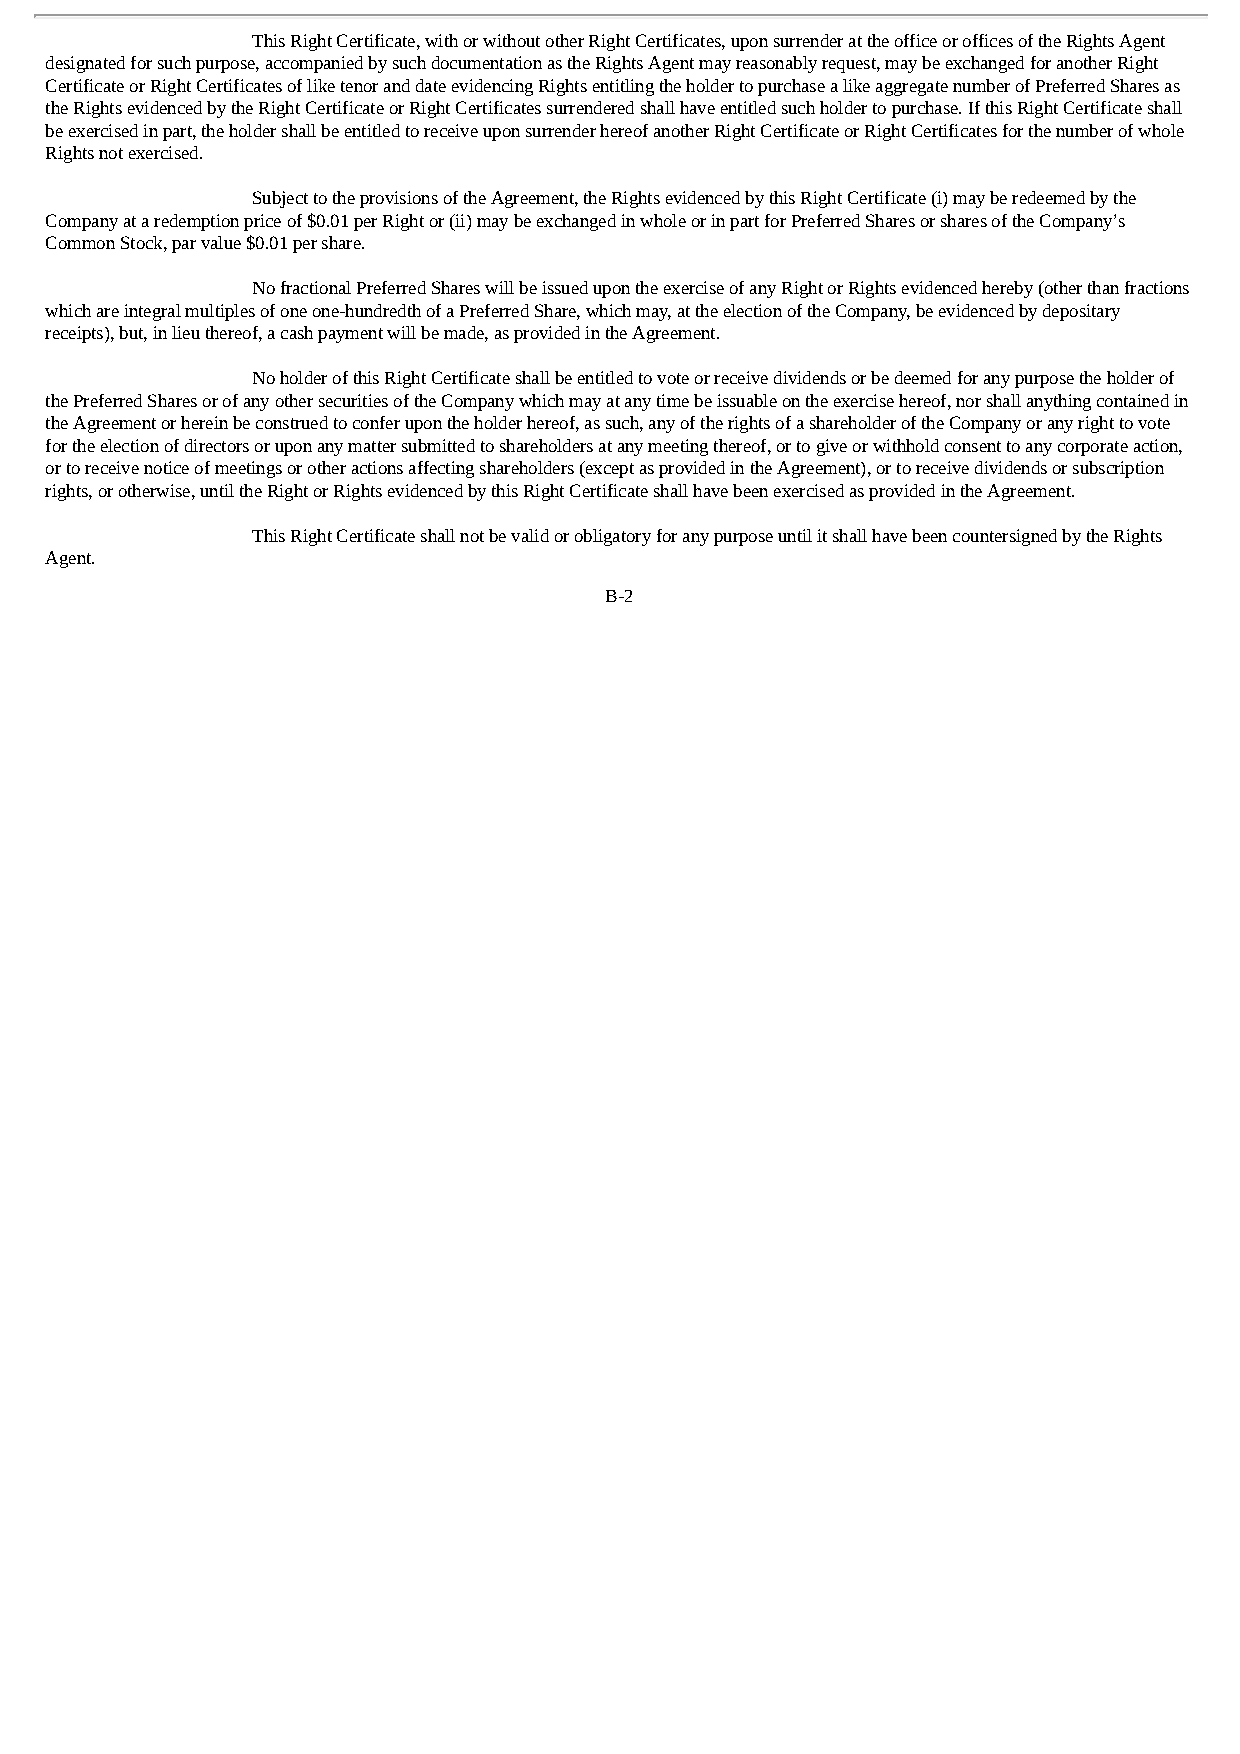
This Right Certificate, with or without other Right Certificates, upon surrender at the office or offices of the Rights Agent
 designated for such purpose, accompanied by such documentation as the Rights Agent may reasonably request, may be exchanged for another Right
 Certificate or Right Certificates of like tenor and date evidencing Rights entitling the holder to purchase a like aggregate number of Preferred Shares as
 the Rights evidenced by the Right Certificate or Right Certificates surrendered shall have entitled such holder to purchase. If this Right Certificate shall
 be exercised in part, the holder shall be entitled to receive upon surrender hereof another Right Certificate or Right Certificates for the number of whole
 Rights not exercised.
 Subject to the provisions of the Agreement, the Rights evidenced by this Right Certificate (i) may be redeemed by the
 Company at a redemption price of $0.01 per Right or (ii) may be exchanged in whole or in part for Preferred Shares or shares of the Company’s
 Common Stock, par value $0.01 per share.
 No fractional Preferred Shares will be issued upon the exercise of any Right or Rights evidenced hereby (other than fractions
 which are integral multiples of one one-hundredth of a Preferred Share, which may, at the election of the Company, be evidenced by depositary
 receipts), but, in lieu thereof, a cash payment will be made, as provided in the Agreement.
 No holder of this Right Certificate shall be entitled to vote or receive dividends or be deemed for any purpose the holder of
 the Preferred Shares or of any other securities of the Company which may at any time be issuable on the exercise hereof, nor shall anything contained in
 the Agreement or herein be construed to confer upon the holder hereof, as such, any of the rights of a shareholder of the Company or any right to vote
 for the election of directors or upon any matter submitted to shareholders at any meeting thereof, or to give or withhold consent to any corporate action,
 or to receive notice of meetings or other actions affecting shareholders (except as provided in the Agreement), or to receive dividends or subscription
 rights, or otherwise, until the Right or Rights evidenced by this Right Certificate shall have been exercised as provided in the Agreement.
 This Right Certificate shall not be valid or obligatory for any purpose until it shall have been countersigned by the Rights
 Agent.
 B-2